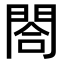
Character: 閤